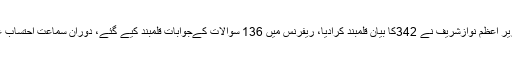
تفصیلات کے مطابق احتساب عدالت میں فلیگ شپ ریفرنس کی سماعت ہوئی، سابق وزیر اعظم نوازشریف نے 342کا بیان قلمبند کرادیا، ریفرنس میں 136 سوالات کےجوابات قلمبند کیے گئے، دوران سماعت احتساب عدالت کے جج نے نواز شریف سے سوال کیا کہ آپ کے خلاف ریفرنس کیوں بنایا گیا ؟